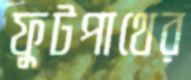
ফুটপাথের